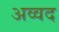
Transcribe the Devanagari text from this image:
अव्वद